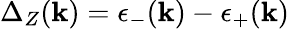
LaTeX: \Delta_{Z}(\mathbf{k})=\epsilon_{-}(\mathbf{k})-\epsilon_{+}(\mathbf{k})